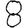
Digit: 8